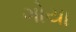
ગોયા